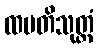
ထပတိသုတ္တံ